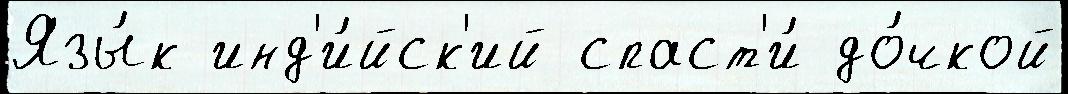
Язы́к инд'и́йск'ий спаст'и́ до́чкой